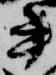
書